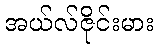
အယ်လ်ဇိုင်းမား